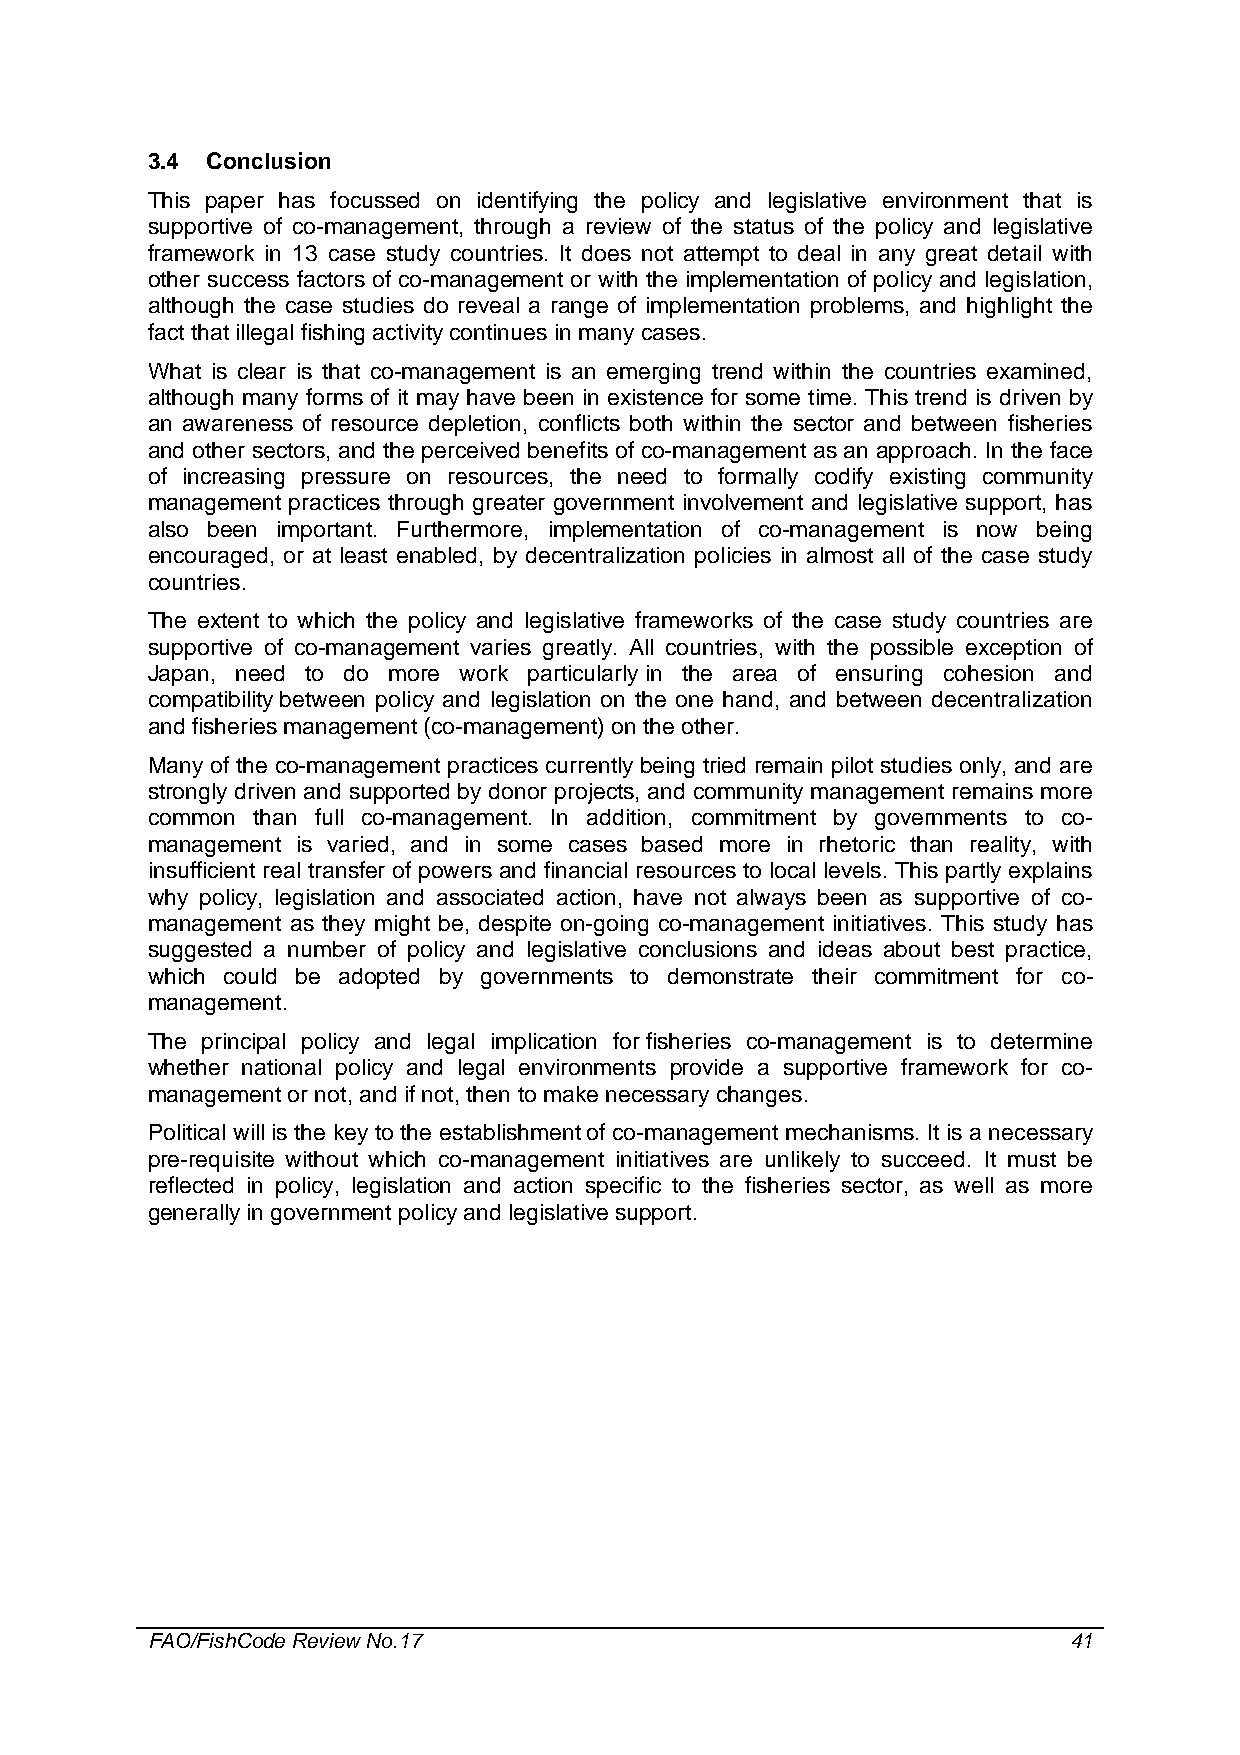
3.4 Conclusion
 This paper has focussed on identifying the policy and legislative environment that is
 supportive of co-management, through a review of the status of the policy and legislative
 framework in 13 case study countries. It does not attempt to deal in any great detail with
 other success factors of co-management or with the implementation of policy and legislation,
 although the case studies do reveal a range of implementation problems, and highlight the
 fact that illegal fishing activity continues in many cases.
 What is clear is that co-management is an emerging trend within the countries examined,
 although many forms of it may have been in existence for some time. This trend is driven by
 an awareness of resource depletion, conflicts both within the sector and between fisheries
 and other sectors, and the perceived benefits of co-management as an approach. In the face
 of increasing pressure on resources, the need to formally codify existing community
 management practices through greater government involvement and legislative support, has
 also been important. Furthermore, implementation of co-management is now being
 encouraged, or at least enabled, by decentralization policies in almost all of the case study
 countries.
 The extent to which the policy and legislative frameworks of the case study countries are
 supportive of co-management varies greatly. All countries, with the possible exception of
 Japan, need to do more work particularly in the area of ensuring cohesion and
 compatibility between policy and legislation on the one hand, and between decentralization
 and fisheries management (co-management) on the other.
 Many of the co-management practices currently being tried remain pilot studies only, and are
 strongly driven and supported by donor projects, and community management remains more
 common than full co-management. In addition, commitment by governments to co-
 management is varied, and in some cases based more in rhetoric than reality, with
 insufficient real transfer of powers and financial resources to local levels. This partly explains
 why policy, legislation and associated action, have not always been as supportive of co-
 management as they might be, despite on-going co-management initiatives. This study has
 suggested a number of policy and legislative conclusions and ideas about best practice,
 which could be adopted by governments to demonstrate their commitment for co-
 management.
 The principal policy and legal implication for fisheries co-management is to determine
 whether national policy and legal environments provide a supportive framework for co-
 management or not, and if not, then to make necessary changes.
 Political will is the key to the establishment of co-management mechanisms. It is a necessary
 pre-requisite without which co-management initiatives are unlikely to succeed. It must be
 reflected in policy, legislation and action specific to the fisheries sector, as well as more
 generally in government policy and legislative support.
 FAO/FishCode Review No.17                                    41